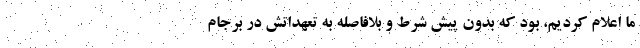
ما اعلام کردیم، بود که بدون پیش شرط و بلافاصله به تعهداتش در برجام